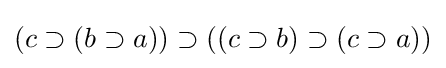
(c\supset (b\supset a))\supset ((c\supset b)\supset (c\supset a))